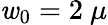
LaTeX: \mathit{w}_{0}=2\mathrm{{~}}\mu